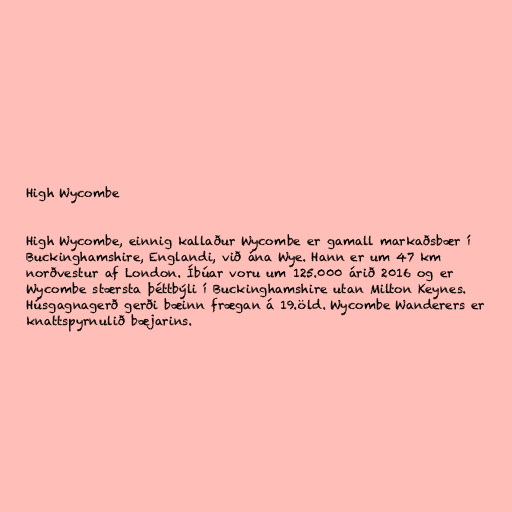
High Wycombe

High Wycombe, einnig kallaður Wycombe er gamall markaðsbær í
Buckinghamshire, Englandi, við ána Wye. Hann er um 47 km
norðvestur af London. Íbúar voru um 125.000 árið 2016 og er
Wycombe stærsta þéttbýli í Buckinghamshire utan Milton Keynes.
Húsgagnagerð gerði bæinn frægan á 19.öld. Wycombe Wanderers er
knattspyrnulið bæjarins.